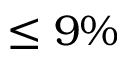
\leq 9 \%